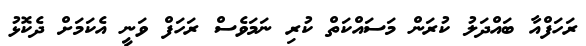
ރަހަފްއާ ބައްދަލު ކުރަން މަސައްކަތް ކުރި ނަމަވެސް ރަހަފް ވަނީ އެކަމަށް ދެކޮޅު